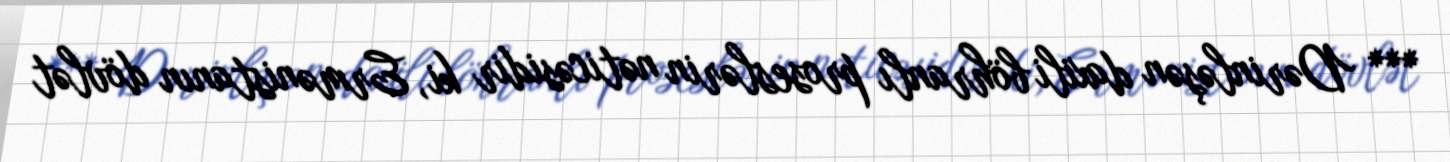
*** Dərinləşən daxili böhranlı proseslərin nəticəsidir ki, Ermənistanın dövlət